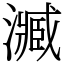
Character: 㵴